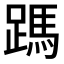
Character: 𮜃